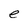
Character: e